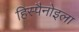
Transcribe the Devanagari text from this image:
हिस्पैनोइला